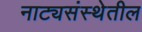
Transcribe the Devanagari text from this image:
नाट्यसंस्थेतील